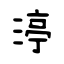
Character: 渟